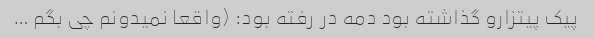
پیک پیتزارو گذاشته بود دمه در رفته بود: (واقعا نمیدونم چی بگم …